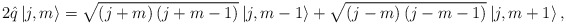
\begin{align*}2\hat q\left| {j,m} \right\rangle = \sqrt {\left( {j + m} \right)\left( {j + m - 1} \right)} \left| {j,m - 1} \right\rangle + \sqrt {\left( {j - m} \right)\left( {j - m - 1} \right)} \left| {j,m + 1} \right\rangle,\end{align*}